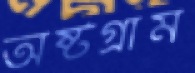
অষ্টগ্রাম